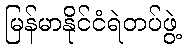
မြန်မာနိုင်ငံရဲတပ်ဖွဲ့